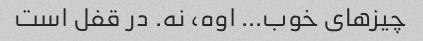
چیزهای خوب... اوه، نه. در قفل است